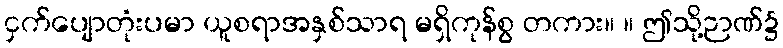
ငှက်ပျောတုံးပမာ ယူစရာအနှစ်သာရ မရှိကုန်စွ တကား။ ။ ဤသို့ဉာဏ်၌